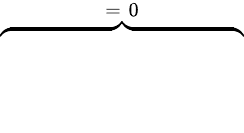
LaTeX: \overbrace{\phantom{\left.\sum_{k=1}^{3}\partial_{k}(\mathbf{\tilde{H}}\times\mathrm{d}_{\rho}\mathbf{E})_{k}\right|_{0}^{T}}}^{=\; 0}